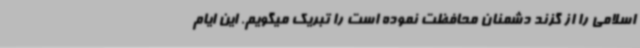
اسلامی را از گزند دشمنان محافظت نموده است را تبریک میگویم. این ایام